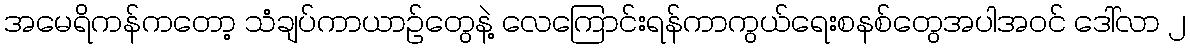
အမေရိကန်ကတော့ သံချပ်ကာယာဉ်တွေနဲ့ လေကြောင်းရန်ကာကွယ်ရေးစနစ်တွေအပါအ၀င် ဒေါ်လာ ၂